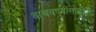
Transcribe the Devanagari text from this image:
वाचवण्यासाठीही